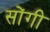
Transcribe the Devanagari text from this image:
सोंगी